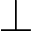
\perp